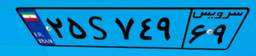
۲۵S۷۴۹۶۹